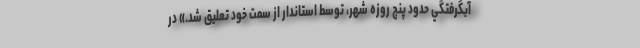
آبگرفتگي حدود پنج روزه شهر، توسط استاندار از سمت خود تعليق شد.» در